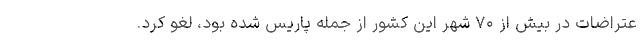
عتراضات در بیش از ۷۰ شهر این کشور از جمله پاریس شده بود، لغو کرد.